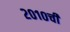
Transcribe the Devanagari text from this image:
२०१०ची